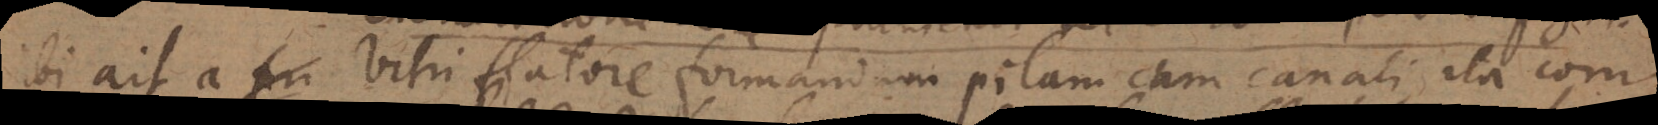
ibi ait a vitri flatore formandam pilam cum canali, ita com